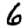
Digit: 6